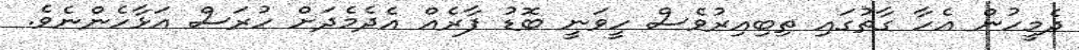
ދެމީހުން އެހާ ގާތުގައި ތިބިއިރުވެސް ހީވަނީ ބޮޑު ފާރެއް އެދެމެދަށް ހުރަސް އަޅާހެންނެވެ.